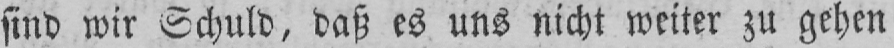
sind wir Schuld, daß es uns nicht weiter zu gehen